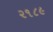
૨૧૮૯